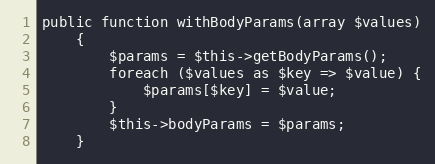
Language: PHP
public function withBodyParams(array $values)
    {
        $params = $this->getBodyParams();
        foreach ($values as $key => $value) {
            $params[$key] = $value;
        }
        $this->bodyParams = $params;
    }